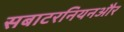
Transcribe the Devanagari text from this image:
सबाटरनियनऔर